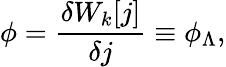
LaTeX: \phi=\frac{\delta W_{k}[j]}{\delta j}\equiv\phi_{\Lambda},